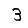
Digit: 3